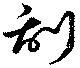
刮